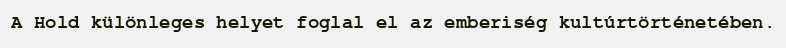
A Hold különleges helyet foglal el az emberiség kultúrtörténetében.